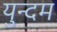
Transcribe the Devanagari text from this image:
युन्दम